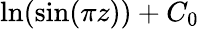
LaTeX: \ln(\sin(\pi z))+C_{0}